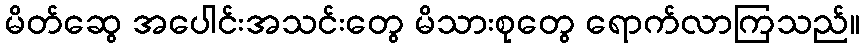
မိတ်ဆွေ အပေါင်းအသင်းတွေ မိသားစုတွေ ရောက်လာကြသည်။